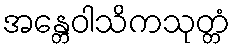
အန္တေဝါသိကသုတ္တံ